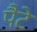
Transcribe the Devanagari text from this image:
पैटे